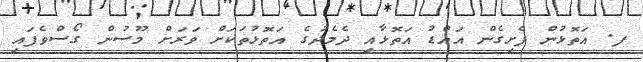
ފ. އަތޮޅުން ފެށިގެން އައްޑު އަތޮޅާއި ދެމެދުގެ އަތޮޅުތަކަށް ވަރަށް މޫސުން ގޯސްވެފައި